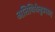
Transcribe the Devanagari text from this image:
अतिथिधेनुप्रसाद